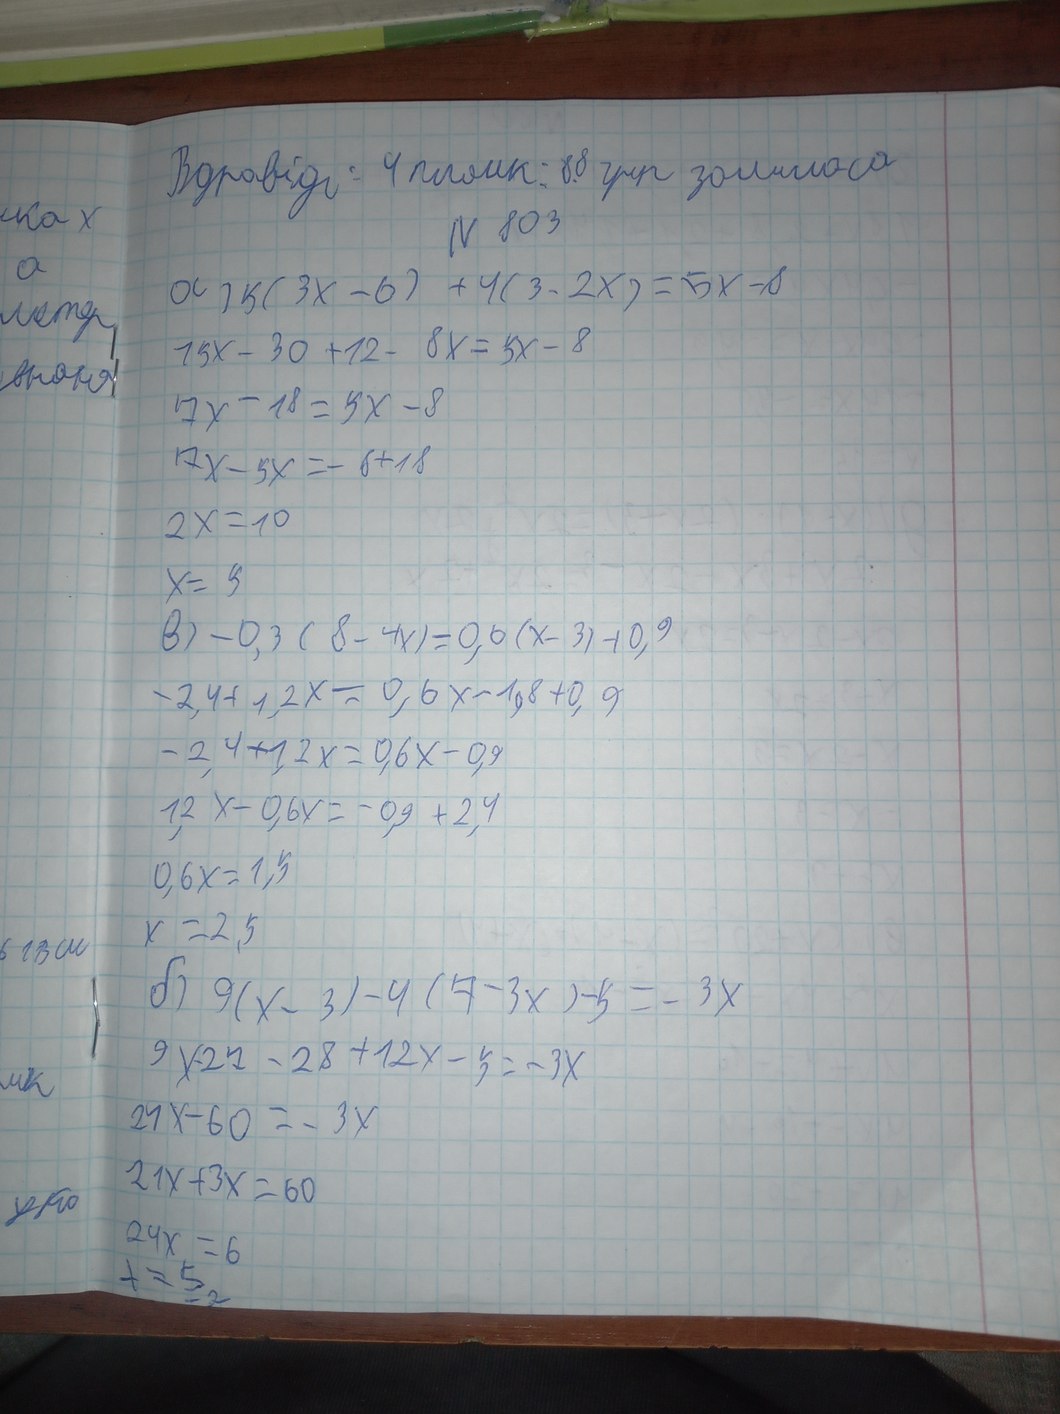
Вдповідь: 4 пляшк: 88 грн залилося
іка х
N 803
а
a) 5(3x - 6) + 4(3 - 2x) = 5x - 8
метер
15x - 30 + 12 - 8x = 5x - 8
вняня
7x - 18 = 5x - 8
17x - 5x = -8 + 18
2x = 10
x = 5
b) -0,3(8-4x) = 0,6(x-3) + 0,9
-2,4 + 1,2x = 0,6x - 1,8 + 0,9
-2,4 + 1,2x = 0,6x - 0,9
1,2x - 0,6x = -0,9 + 2,4
0,6x = 1,5
x = 2,5
61 В см
б)  9(x - 3) - 4(7 - 3x) - 5 = -3x
9x - 27 - 28 + 12x - 5 = -3x
мк
24x - 60 = -3x
21x + 3x = 60
уко
24x = 6
x = 5_{-2}